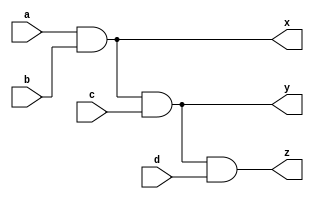
`timescale 1ns / 1ps
//////////////////////////////////////////////////////////////////////////////////
// Company: 
// Engineer: 
// 
// Design Name: 
// Module Name: four_input_and_gate
// Project Name: 
// Target Devices: 
// Tool Versions: 
// Description: 
// 
// Dependencies: 
// 
// Revision:
// Revision 0.01 - File Created
// Additional Comments:
// 
//////////////////////////////////////////////////////////////////////////////////


module four_input_and_gate(
    input a,b,c,d,
    output x,y,z
    );
    assign x=a&b;
    assign y=x&c;
    assign z=y&d;
endmodule